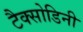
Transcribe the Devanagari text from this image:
टैक्सोडिनी